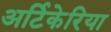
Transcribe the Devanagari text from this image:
अर्टिकेरिया